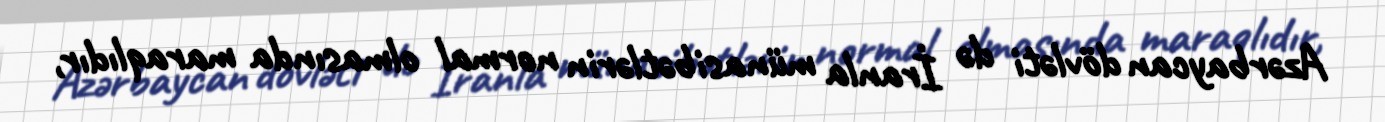
Azərbaycan dövləti də İranla münasibətlərin normal olmasında maraqlıdır,